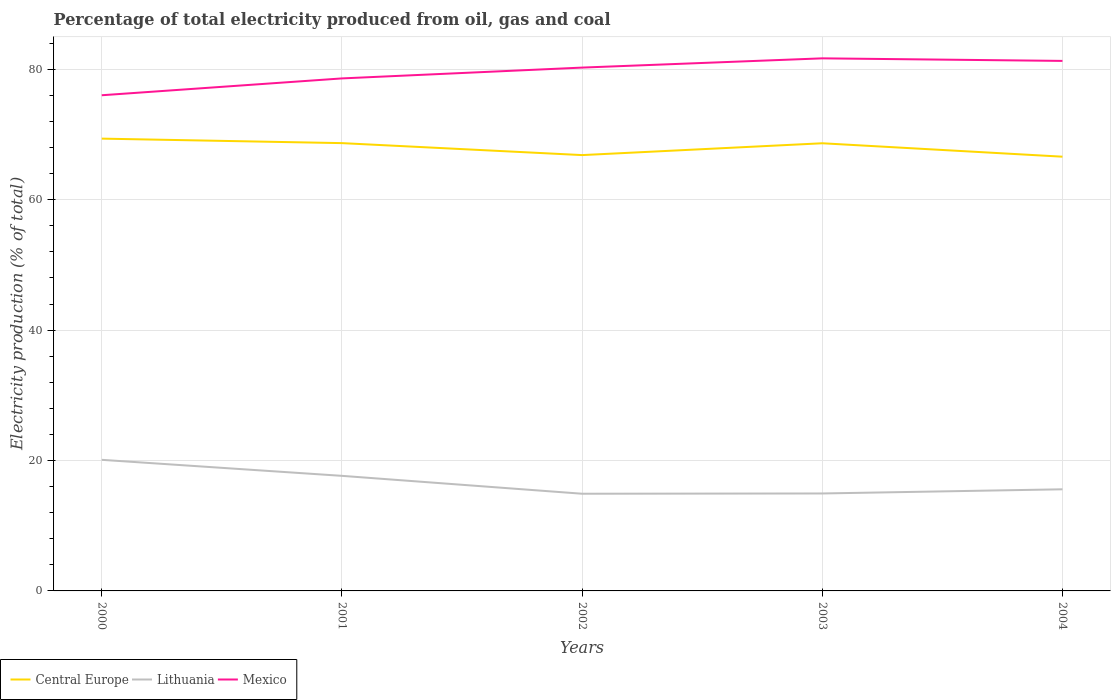
| Years | Central Europe | Lithuania | Mexico |
 | --- | --- | --- | --- |
 | 2000 | 69.4 | 20.1 | 76 |
 | 2001 | 68.7 | 17.7 | 78.6 |
 | 2002 | 66.8 | 14.9 | 80.3 |
 | 2003 | 68.7 | 14.9 | 81.7 |
 | 2004 | 66.6 | 15.6 | 81.3 |